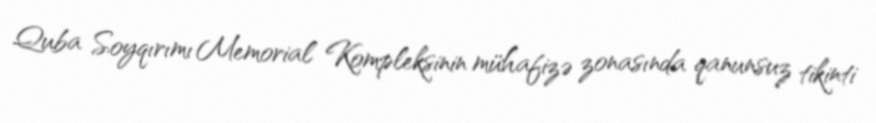
Quba Soyqırımı Memorial Kompleksinin mühafizə zonasında qanunsuz tikinti